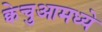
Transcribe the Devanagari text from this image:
क्वेचुआमध्ये